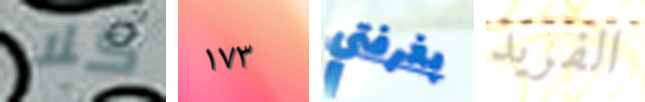
كلا ١٧٣ بغرفتي الفريد